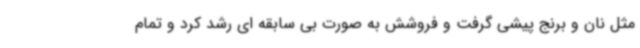
مثل نان و برنج پیشی گرفت و فروشش به صورت بی سابقه ای رشد کرد و تمام